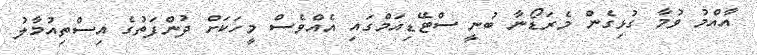
އާއްމު ވުމާ ގުޅިގެން މެރަޑޯނާ ބުނީ ސްޓޭޑިއަމްގައި އެއްވެސް މީހަކަށް ދުންފަތުގެ އިސްތިއުމާލު